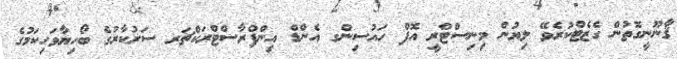
ޤާނޫނީގޮތުން ގެޒެޓްކުރެވޭ ލިޔުން މިނިސްޓްރީ އޮފް ހައުސިންގ އެންޑް އިންފްރާސްޓްރަކްޗަރ ސަރުކާރުގެ ބޯހިޔާވަހިކަމުގެ